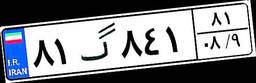
۱۰گ۴۰۳۰۵